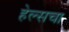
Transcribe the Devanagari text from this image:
हेल्सचा